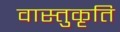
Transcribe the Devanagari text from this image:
वास्तुकृति